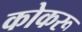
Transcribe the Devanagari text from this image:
कोकरू